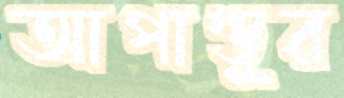
আপাণ্ডুর